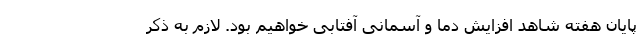
پایان هفته شاهد افزایش دما و آسمانی آفتابی خواهیم بود. لازم به ذکر